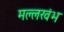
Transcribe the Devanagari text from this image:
मल्लखंभ